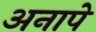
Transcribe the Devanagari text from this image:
अनापे